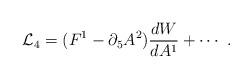
LaTeX: \begin{align*}{\cal L}_4 = (F^1-\partial_5 A^2) {dW\over d A^1} + \cdots\ .\end{align*}